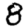
Digit: 8